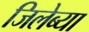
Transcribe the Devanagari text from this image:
जिलेब्या